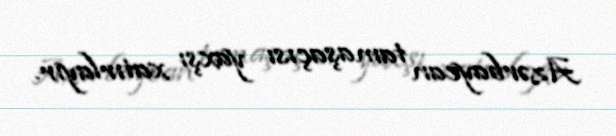
Azərbaycan tamaşaçısı yaxşı xatırlayır.